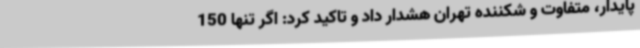
پایدار، متفاوت و شکننده تهران هشدار داد و تاکید کرد: اگر تنها 150